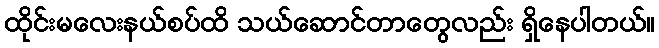
ထိုင်းမလေးနယ်စပ်ထိ သယ်ဆောင်တာတွေလည်း ရှိနေပါတယ်။